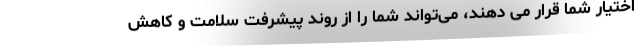
اختیار شما قرار می دهند، می‌تواند شما را از روند پیشرفت سلامت و کاهش